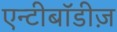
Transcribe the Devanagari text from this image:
एन्टीबॉडीज़